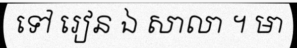
ទៅ រៀន ឯ សាលា ។ មា